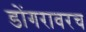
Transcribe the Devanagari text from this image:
डोंगरावरच